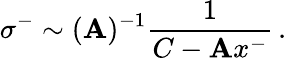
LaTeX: \sigma^{-}\sim(\mathbf{A})^{-1}\frac{{1}}{{C-\mathbf{A}x^{-}}}\, .